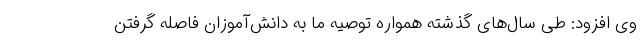
وی افزود: طی سال‌های گذشته همواره توصیه ما به دانش‌آموزان فاصله گرفتن